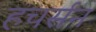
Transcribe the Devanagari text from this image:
हचर्सन